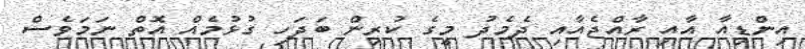
އިންޑިއާ އާއި ރާއްޖެއާއި ދެމެދު މީގެ ކުރިން ބަދަހި ގުޅުމެއް އޮތް ނަމަވެސް